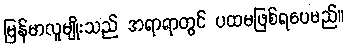
မြန်မာလူမျိုးသည် အရာရာတွင် ပထမဖြစ်ရပေမည်။